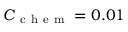
C _ { \mathrm { ~ c ~ h ~ e ~ m ~ } } = 0 . 0 1